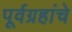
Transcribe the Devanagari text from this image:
पूर्वग्रहांचे